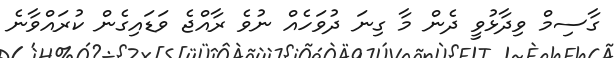
ގާސިމް ވިދާޅުވީ ދެން މާ ގިނަ ދުވަހެއް ނުވެ ރާއްޖެ ވަޑައިގެން ކުރައްވާނެ